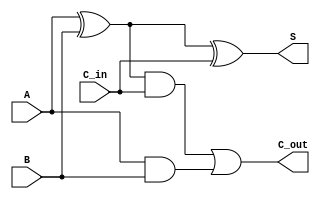
module full_adder (S, C_out, A, B, C_in); // This module represents a full adder.
  
  input A, B, C_in;
  output S, C_out;
    
    wire W1, W2, W3;
    
    xor xor1(W1, A, B);
    xor xor2(S, W1, C_in);
    
    and and1(W2, W1, C_in);
    and and2(W3, A, B);
    
    or or1(C_out, W2, W3);
    
endmodule